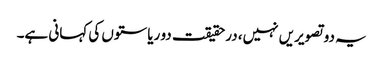
یہ دو تصویریں نہیں، درحقیقت دو ریاستوں کی کہانی ہے۔